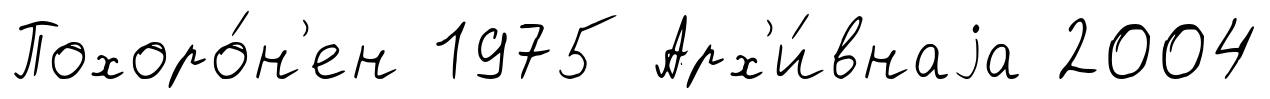
Похоро́н'ен 1975 Арх'и́внаjа 2004